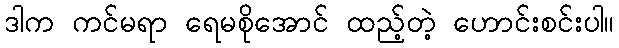
ဒါက ကင်မရာ ရေမစိုအောင် ထည့်တဲ့ ဟောင်းစင်းပါ။